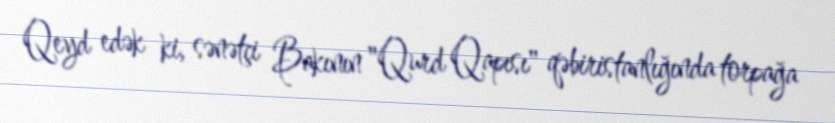
Qeyd edək ki, sənətçi Bakının "Qurd Qapısı" qəbiristanlığında torpağa